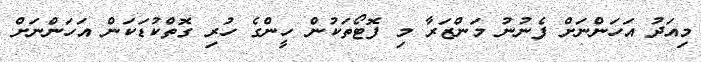
މިއަދު އަހަންނަށް ފެނުނު މަންޒަރާ މި ފޮޓޯތަކުން ހީންގެ ހުރި ގޮތްކުޑަކަން އަހަންނަށް